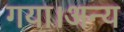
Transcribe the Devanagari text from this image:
गया।अन्य